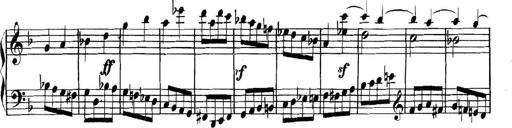
Title: Collected Piano Sonatas
Composer: Muzio Clementi